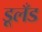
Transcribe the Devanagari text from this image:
डूलँड